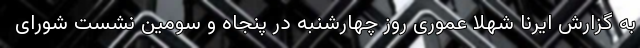
به گزارش ایرنا شهلا عموری روز چهارشنبه در پنجاه و سومین نشست شورای